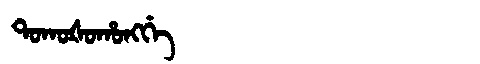
Manchu: ᡨᠣᡴᠣᡧᠣᡥᠣᠩᡤᡝ
Romanization: TOKOŠOHONGGE